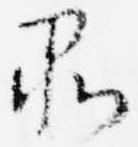
品